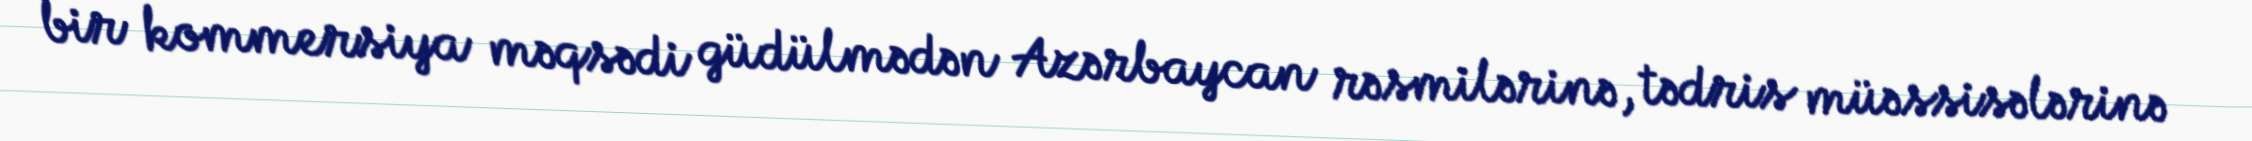
bir kommersiya məqsədi güdülmədən Azərbaycan rəsmilərinə, tədris müəssisələrinə